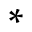
*